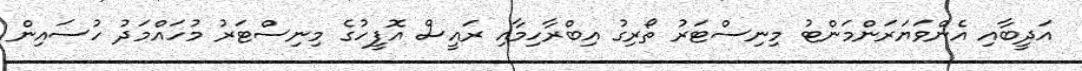
އަދީބާއި އެންވަޔަރަންމަންޓު މިނިސްޓަރު ތޯރިގު އިބްރާހިމާއި ރައީސް އޮފީހުގެ މިނިސްޓަރު މުހައްމަދު ހުސައިން